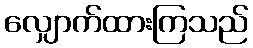
လျှောက်ထားကြသည်